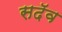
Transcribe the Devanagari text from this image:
सदॅव